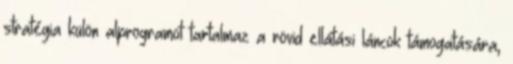
stratégia külön alprogramot tartalmaz a rövid ellátási láncok támogatására,